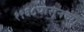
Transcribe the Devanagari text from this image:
१९६८पासूनच्या